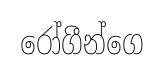
රෝගීන්ගෙ